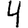
Digit: 4